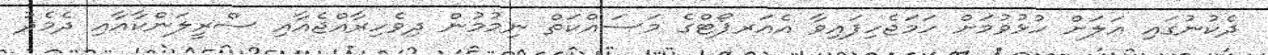
ދެކުނުގައި އަލަށް ހުޅުވުމަށް ހަމަޖެހިފައިވާ އެއަރޕޯޓްގެ މަސައްކަތް ނިމުމުން ދިވެހިރާއްޖެއާއި ސްރީލަންކާއާއި ދެމެދު